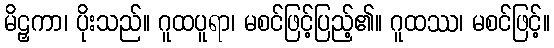
မိဠှကာ၊ ပိုးသည်။ ဂူထပူရာ၊ မစင်ဖြင့်ပြည့်၏။ ဂူထဿ၊ မစင်ဖြင့်။